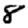
Digit: 8